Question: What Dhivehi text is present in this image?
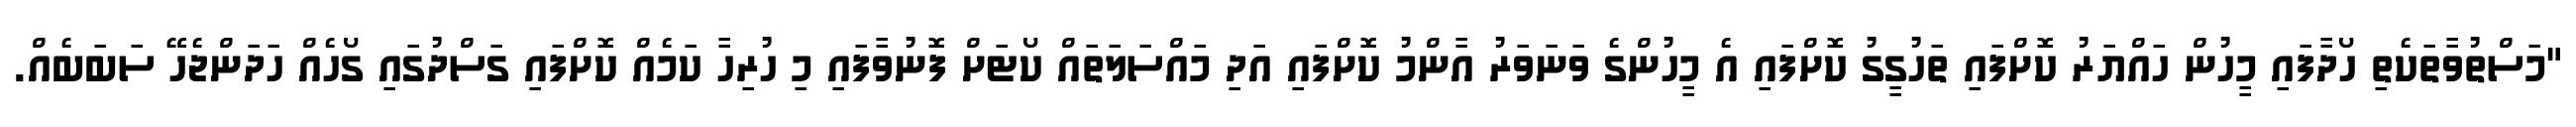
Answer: "މަސްތުވާތަކެތި ހޯދާފައި މީހުން ހައްޔަރު ކޮށްފައި ތަހުގީގު ކޮށްފައި އެ މީހުންގެ ވަނަވަރު އާންމު ކޮށްފައި އަދި މައްސަލަތައް ކޯޓަށް ފޮނުވާފައި މި ހުރިހާ ކަމެއް ކޮށްފައި ގަސްދުގައި ގޯހެއް ހަދަންޖެހޭ ސަބަބެއް.